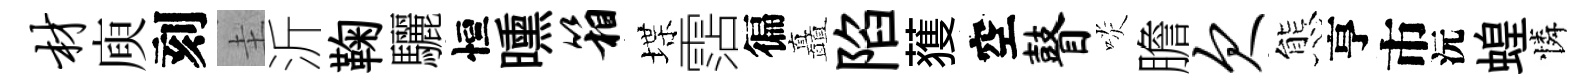
材庾刻圭沂鞠驪恒曛箱堞霑徧矗陷𫉬空瞽啖膽欠態亨市沅蝗憐